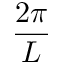
\frac { 2 \pi } { L }